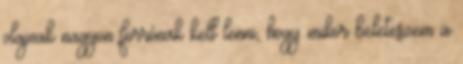
olajnak nagyon forrónak kell lenni, hogy mikor beleteszem a